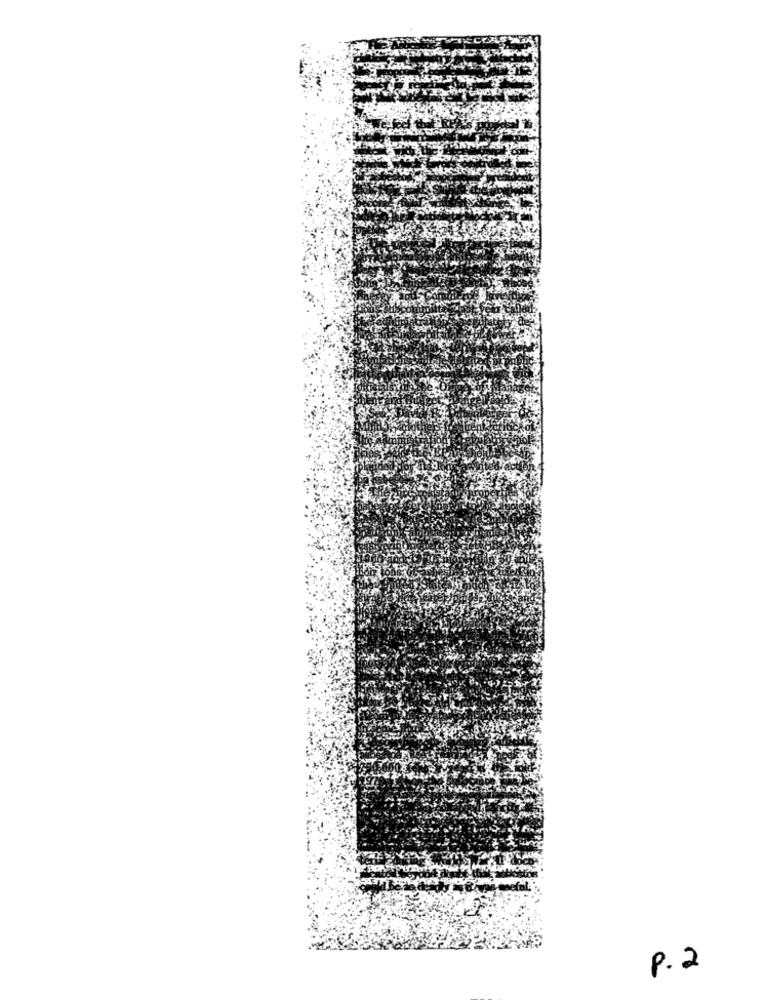
P.2